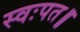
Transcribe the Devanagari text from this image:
स्वःपत॥